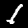
Digit: 1